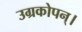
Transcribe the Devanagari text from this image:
उग्रकोपन्।